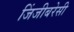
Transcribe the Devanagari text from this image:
जिंजीबरेसी